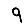
Digit: 9